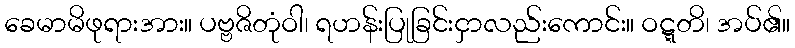
ခေမာမိဖုရားအား။ ပဗ္ဗဇိတုံဝါ၊ ရဟန်းပြုခြင်းငှာလည်းကောင်း။ ဝဋ္ဋတိ၊ အပ်၏။